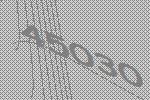
45030